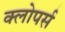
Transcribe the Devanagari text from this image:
क्लोपर्स